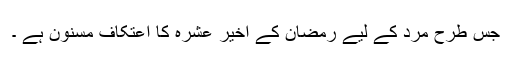
جس طرح مرد کے لیے رمضان کے اخیر عشرہ کا اعتکاف مسنون ہے ۔